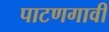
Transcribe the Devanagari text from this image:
पाटणगावी